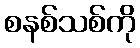
စနစ်သစ်ကို